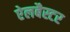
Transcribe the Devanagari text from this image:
ऐलबैस्टर